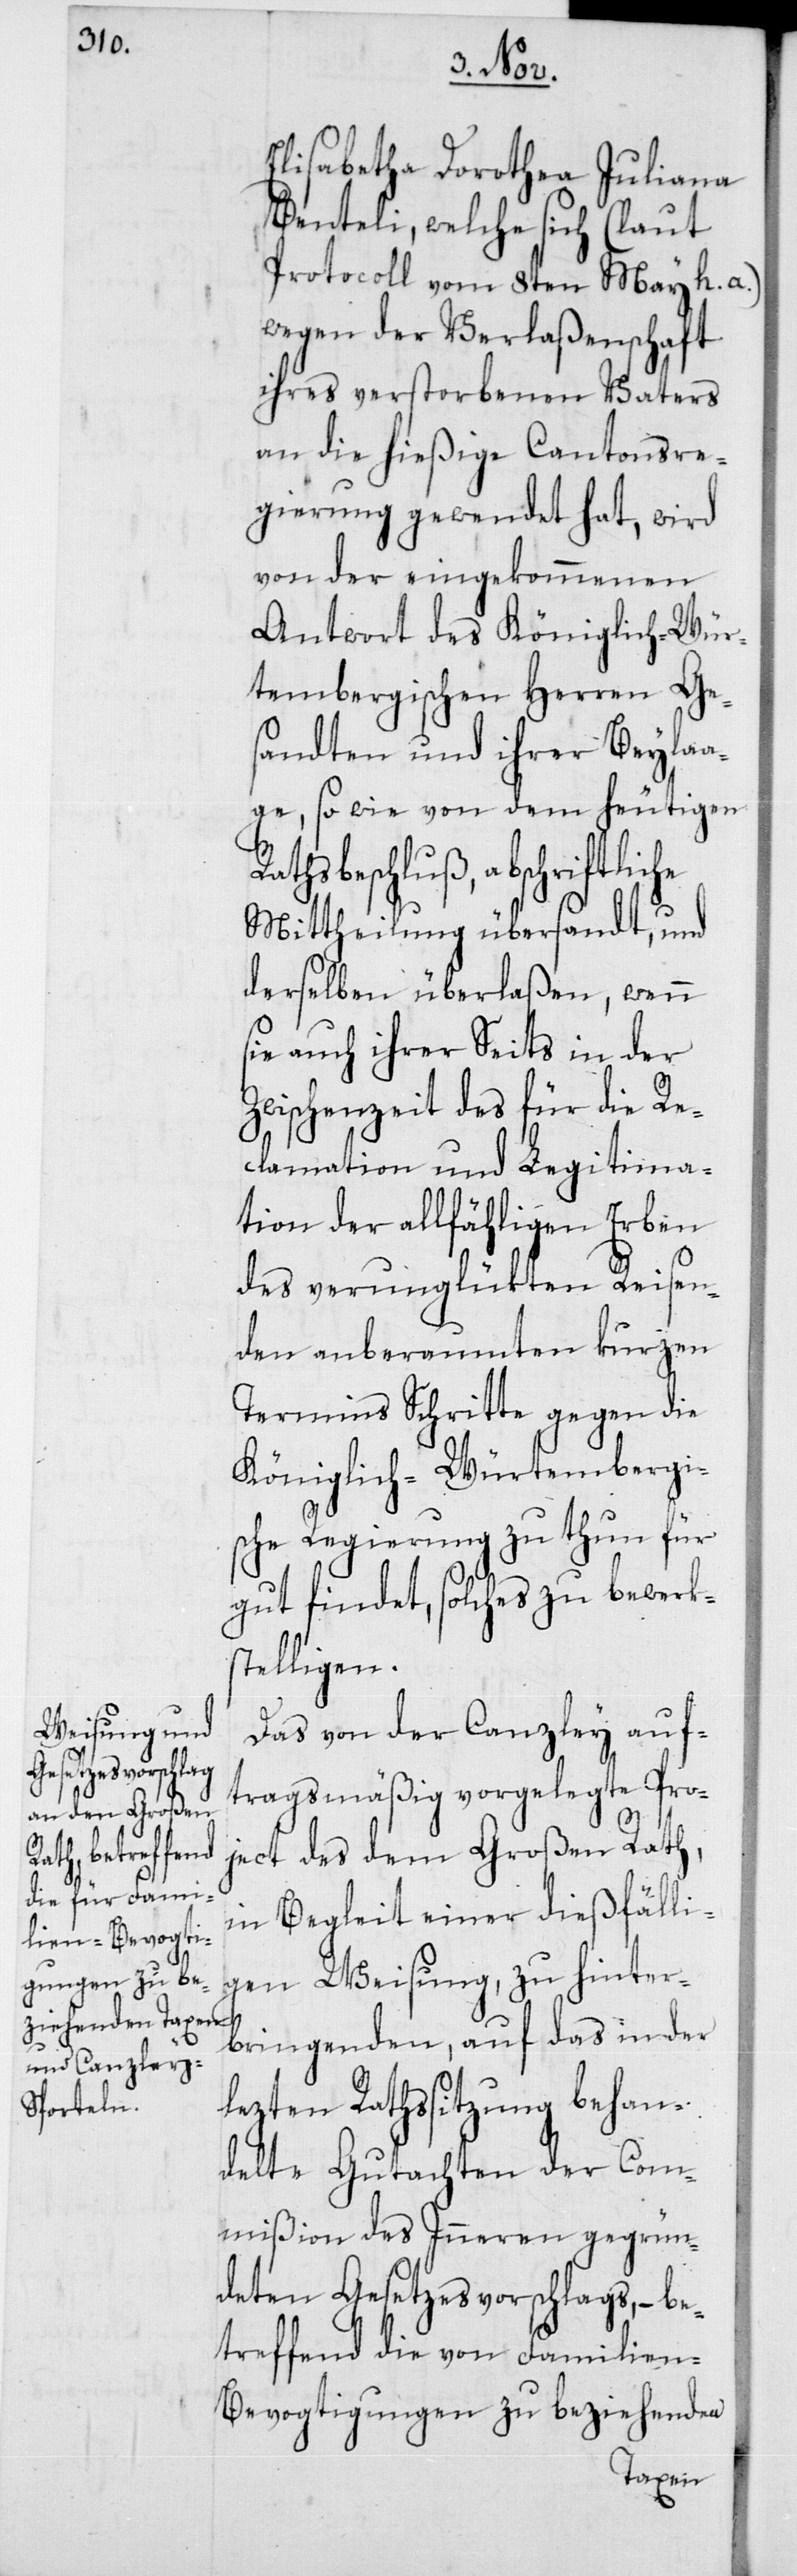
Elisabetha Dorothea Juliana
Benteli, welche sich (laut
Protocoll vom 8ten May h.
wegen der Verlaßenschaft
ihres verstorbenen Vaters
an die hießige Cantonsre¬
gierung gewendet hat, wird
von der eingekommenen
Antwort des Königlich-Wür¬
tembergischen Herren Ge¬
sandten und ihrer Beylaa¬
ge, so wie von dem heutigen
schluß, abschriftliche
Mittheilung übersandt, und
derselben überlaßen, wenn
sie auch ihrer Seits in der
Zwischenzeit des für die Re¬
clamation und Legitima¬
tion der allfähligen Erben
des verunglükten Reisen¬
den anberaumten kurzen
Termins Schritte gegen die
Königlich-Würtembergi¬
sche Regierung zu thun für
gut findet, solches zu bewerk¬
stelligen.
Das von der Canzley auf¬
tragsmäßig vorgelegte Pro¬
ject des dem Großen Rath,
Rathsbe¬
in Begleit einer dießfälli¬
gen Weisung, zu hinter¬
bringenden, auf das in der
lezten Rathssitzung behan¬
delte Gutachten der Com¬
mißion des Inneren gegrün¬
deten Gesetzesvorschlags, – be¬
treffend die von Familien-B¬
evogtigungen zu beziehenden